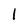
Character: l